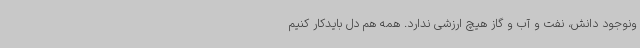
ونوجود دانش، نفت و آب و گاز هیچ ارزشی ندارد. همه هم دل بایدکار کنیم